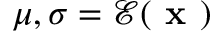
\boldsymbol { \mu } , \boldsymbol { \sigma } = \mathcal { E } ( \textbf { x } )